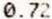
0.72